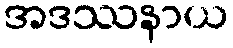
အဒဿနာယ